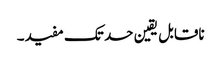
ناقابل یقین حد تک مفید۔